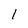
Character: 1